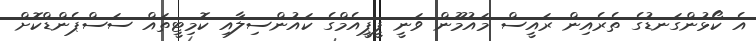
އެ ކޯޅުންގަނޑުގެ ތެރެއިން ރައީސް މައުމޫން ވަނީ ޕީޕީއެމްގެ ކައުންސިލާއި ކޮމިޓީތައް ސަސްޕެންޑްކޮށް